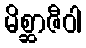
မိစ္ဆာဇီဝါ